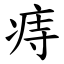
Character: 痔